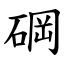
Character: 碙